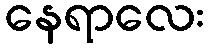
နေရာလေး